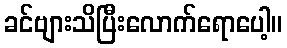
ခင်ဗျားသိပြီးလောက်ရောပေါ့။